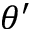
\theta ^ { \prime }